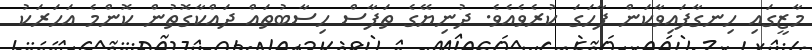
މާޒީގައި ހިނގާފައިވާކަން ފާހަގަ ކުރެވެއެވެ. ދުނިޔޭގެ ތަފާސް ހިސާބުތައް ދައްކާގޮތުން ކޮންމެ އަހަރަކު